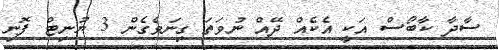
ސާދާ ކާބޯސް އަކީ އެކެއް ދޭއް ނުވަތަ ގިނަވެގެން 3 ޔުނިޓް ފޮނި